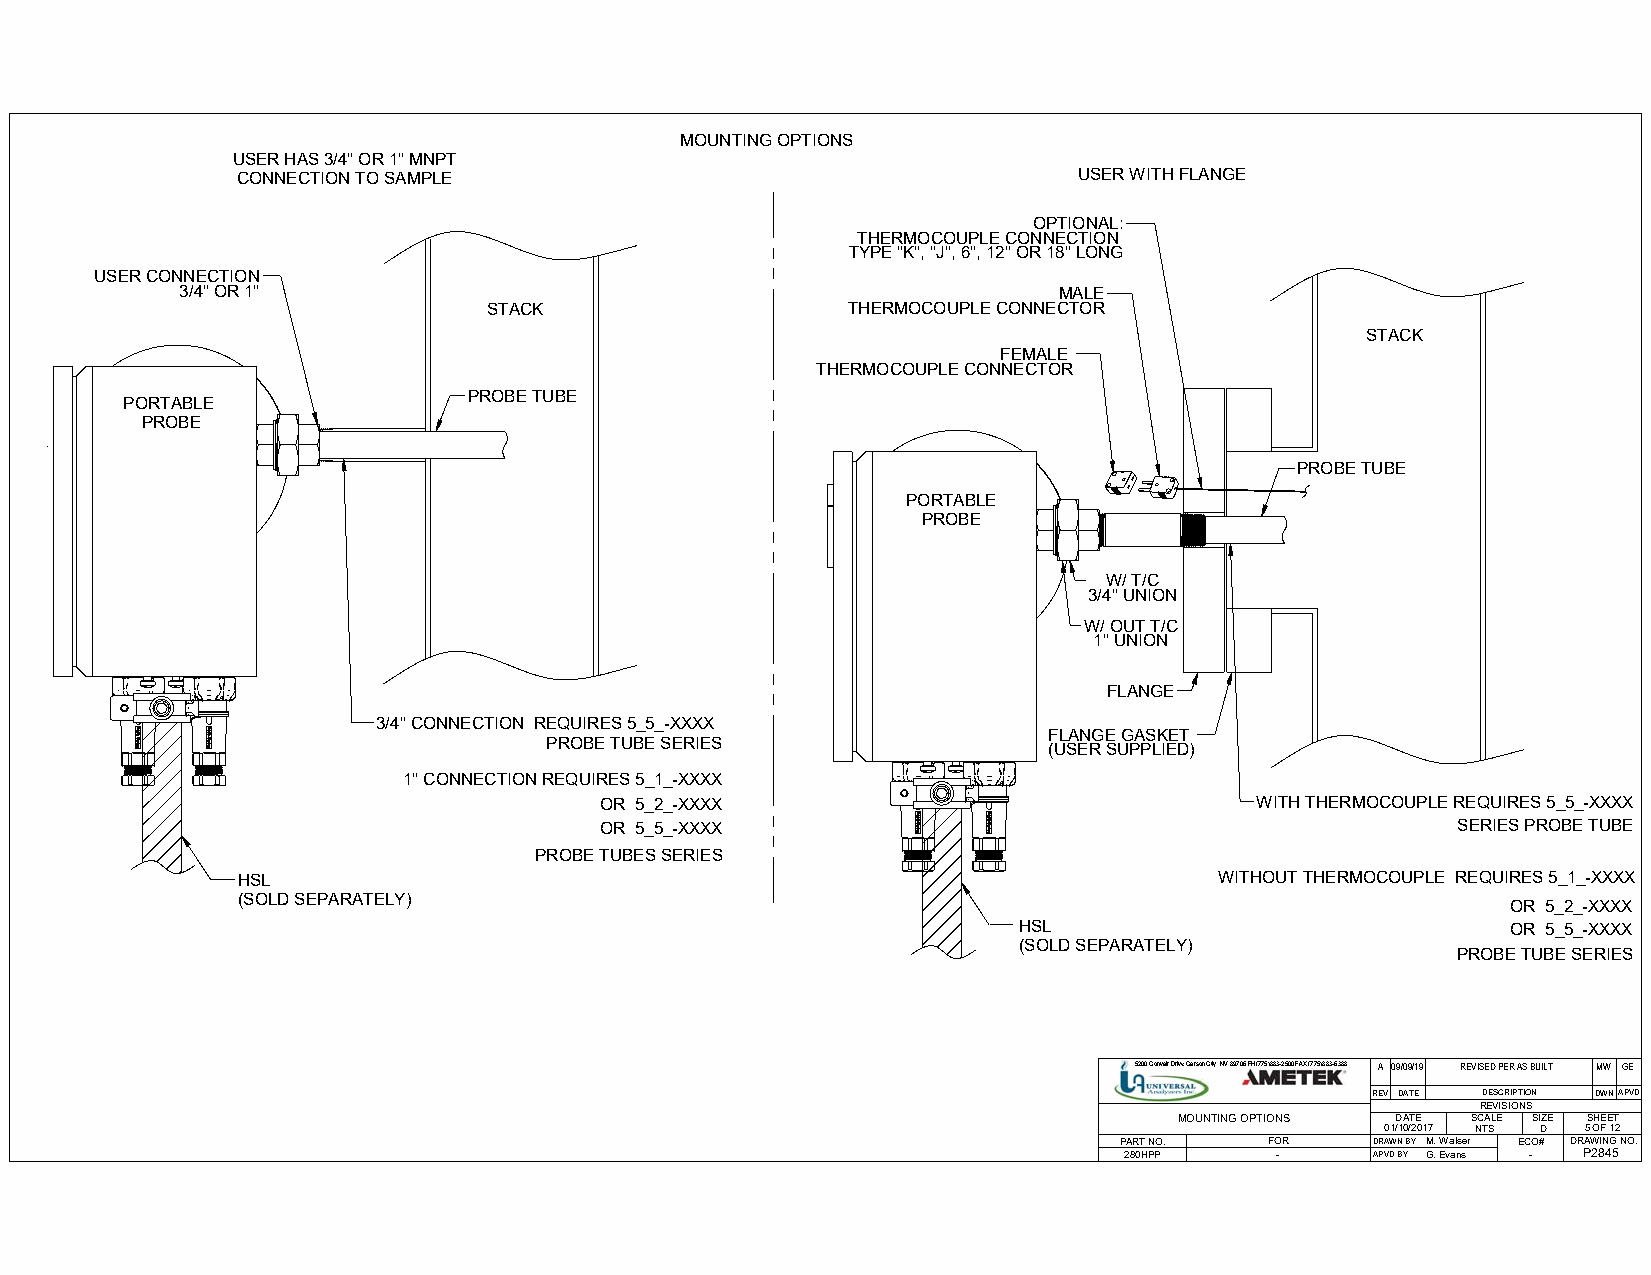
MOUNTING OPTIONS
 USER HAS 3/4" OR 1" MNPT
 CONNECTION TO SAMPLE                                   USER WITH FLANGE
 OPTIONAL:
 THERMOCOUPLE CONNECTION
 TYPE "K", "J", 6", 12" OR 18" LONG
 USER CONNECTION
 3/4" OR 1"                                                MALE
 STACK                   THERMOCOUPLE CONNECTOR
 STACK
 FEMALE
 THERMOCOUPLE CONNECTOR
 PROBE TUBE
 PORTABLE
 PROBE
 PROBE TUBE
 PORTABLE
 PROBE
 W/ T/C
 3/4" UNION
 W/ OUT T/C
 1" UNION
 FLANGE
 3/4" CONNECTION REQUIRES 5_5_-XXXX
 FLANGE GASKET
 PROBE TUBE SERIES                (USER SUPPLIED)
 1" CONNECTION REQUIRES 5_1_-XXXX
 OR 5_2_-XXXX                               WITH THERMOCOUPLE REQUIRES 5_5_-XXXX
 OR 5_5_-XXXX                                            SERIES PROBE TUBE
 PROBE TUBES SERIES
 HSL                                                              WITHOUT THERMOCOUPLE REQUIRES 5_1_-XXXX
 (SOLD SEPARATELY)
 OR 5_2_-XXXX
 HSL                              OR 5_5_-XXXX
 (SOLD SEPARATELY)
 PROBE TUBE SERIES
 5200 Convair Drive Carson City, NV 89706 PH(775)883-2500 FAX (775)883-6388 A 09/09/19 REVISED PER AS BUILT MW GE
 REV DATE DESCRIPTION DWNAPVD
 REVISIONS
 MOUNTING OPTIONS DATE SCALE SIZE SHEET
 01/10/2017 NTS D 5 OF 12
 PART NO.  FOR    DRAWN BY M. Walser ECO# DRAWING NO.
 280HPP    -      APVD BY G. Evans - P2845